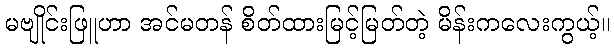
မဗျိုင်းဖြူဟာ အင်မတန် စိတ်ထားမြင့်မြတ်တဲ့ မိန်းကလေးကွယ့်။